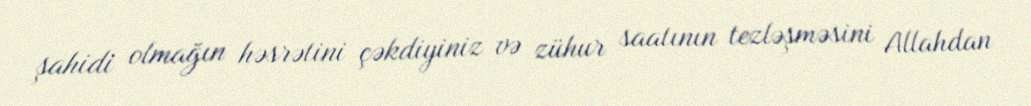
şahidi olmağın həsrətini çəkdiyiniz və zühur saatının tezləşməsini Allahdan